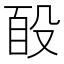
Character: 𭮮